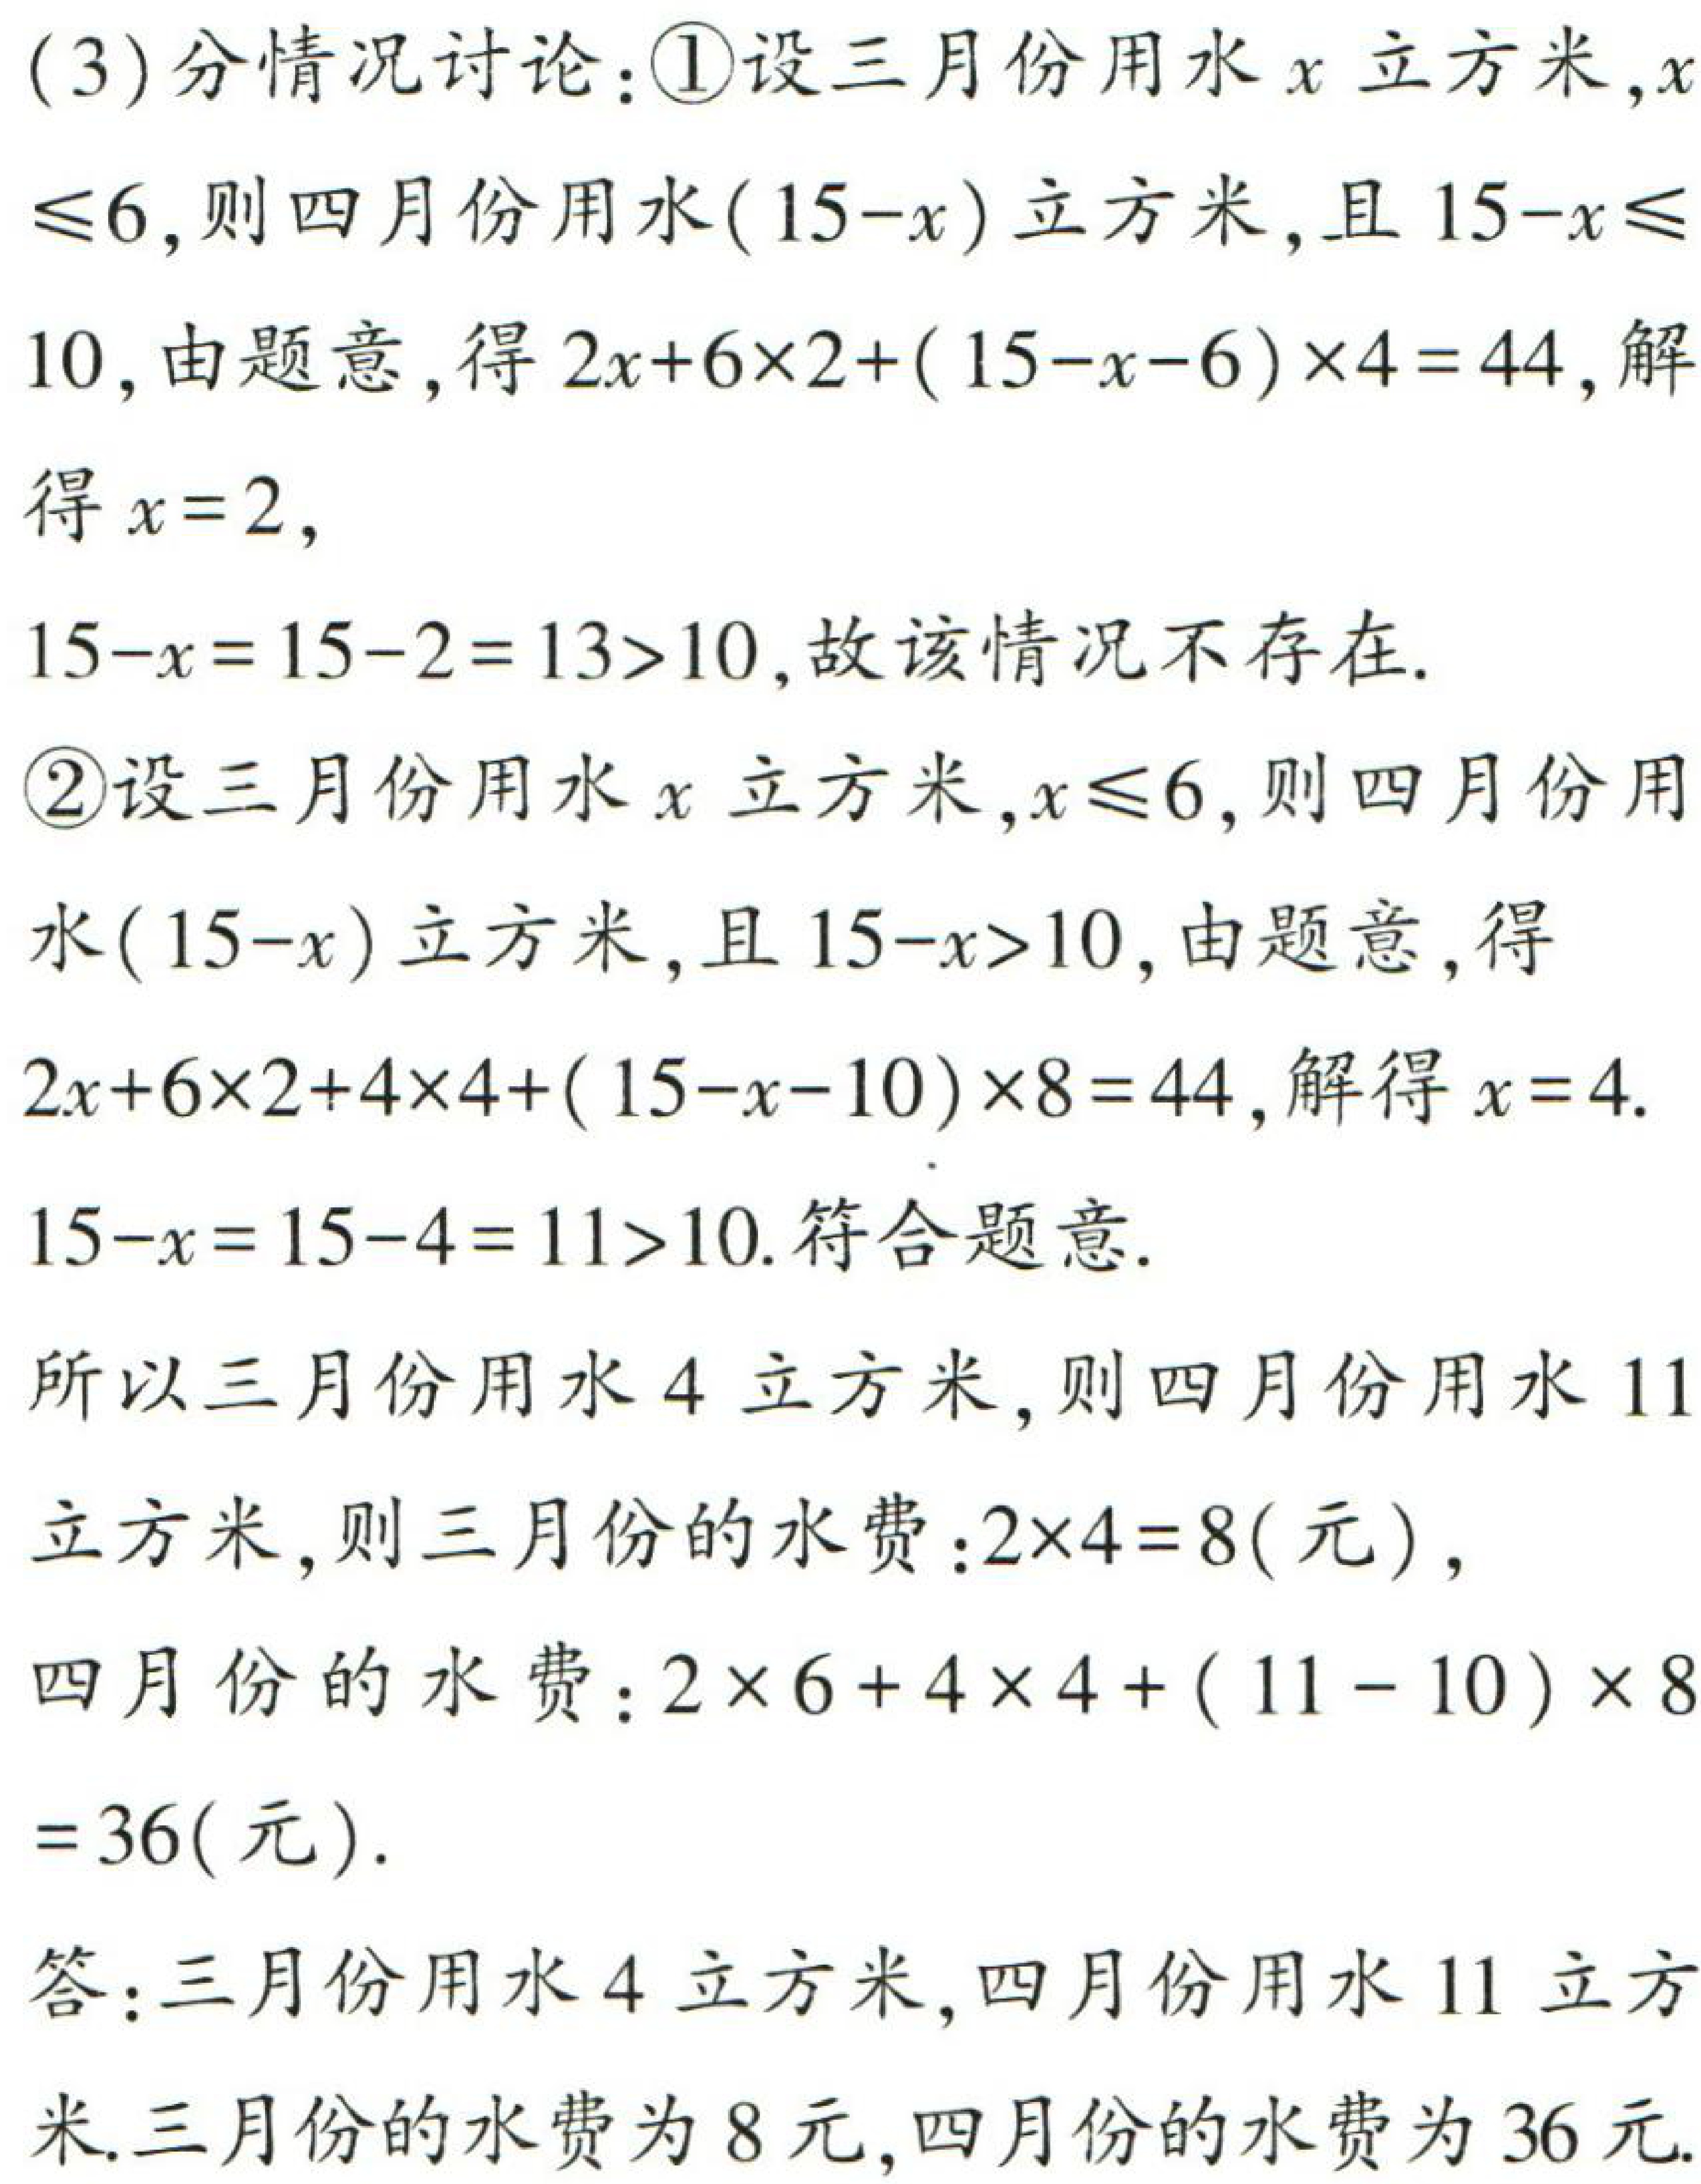
(3)分情况讨论：\textcircled{1}设三月份用水\(x\)立方米,\(x\leqslant6\),则四月份用水\((15 - x)\)立方米,且\(15 - x\leqslant10\),由题意,得\(2x + 6\times2+(15 - x - 6)\times4 = 44\),解得\(x = 2\),

\(15 - x=15 - 2 = 13>10\),故该情况不存在.

\textcircled{2}设三月份用水\(x\)立方米,\(x\leqslant6\),则四月份用水\((15 - x)\)立方米,且\(15 - x>10\),由题意,得\(2x + 6\times2+4\times4+(15 - x - 10)\times8 = 44\),解得\(x = 4\).

\(15 - x=15 - 4 = 11>10\).符合题意.

所以三月份用水\(4\)立方米,则四月份用水\(11\)立方米,则三月份的水费：\(2\times4 = 8\)(元),

四月份的水费：\(2\times6 + 4\times4+(11 - 10)\times8=36\)(元).

答：三月份用水\(4\)立方米,四月份用水\(11\)立方米.三月份的水费为\(8\)元,四月份的水费为\(36\)元.